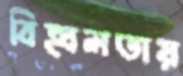
বিহ্বলতায়